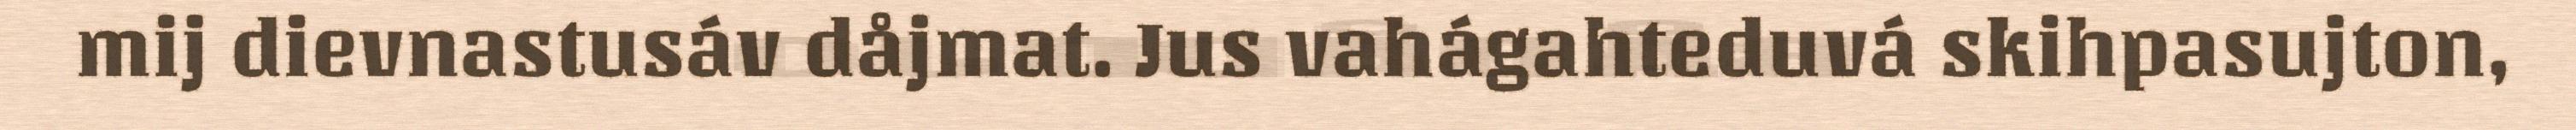
mij dievnastusáv dåjmat. Jus vahágahteduvá skihpasujton,